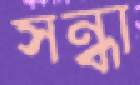
সন্ধা